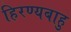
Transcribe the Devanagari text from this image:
हिरण्यबाहु